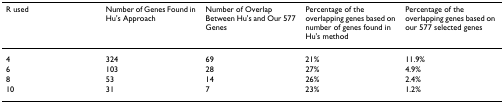
<table><thead><tr><td><b>R used</b></td><td><b>Number of Genes Found in Hu&#x27;s Approach</b></td><td><b>Number of Overlap Between Hu&#x27;s and Our 577 Genes</b></td><td><b>Percentage of the overlapping genes based on number of genes found in Hu&#x27;s method</b></td><td><b>Percentage of the overlapping genes based on our 577 selected genes</b></td></tr></thead><tbody><tr><td>4</td><td>324</td><td>69</td><td>21%</td><td>11.9%</td></tr><tr><td>6</td><td>103</td><td>28</td><td>27%</td><td>4.9%</td></tr><tr><td>8</td><td>53</td><td>14</td><td>26%</td><td>2.4%</td></tr><tr><td>10</td><td>31</td><td>7</td><td>23%</td><td>1.2%</td></tr></tbody></table>